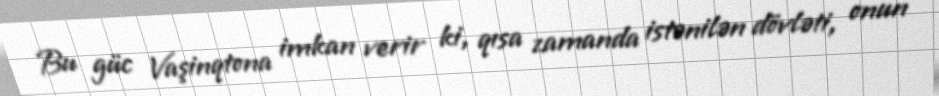
Bu güc Vaşinqtona imkan verir ki, qısa zamanda istənilən dövləti, onun